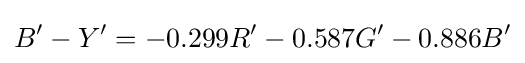
B'-Y'=-0.299R'-0.587G'-0.886B'